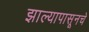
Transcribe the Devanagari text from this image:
झाल्यापासूनचे